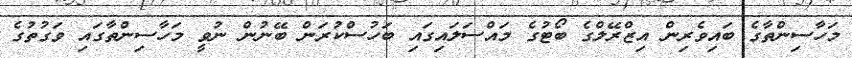
މަހާސިންތާގެ ބައިވެރިން އިޒްރޭލްގެ ބޯޓުގެ މައްސަލައިގައި ބަހުސްކުރަން ބޭނުން ނުވީ މަހާސިންތާގައި ވަގުތުގެ